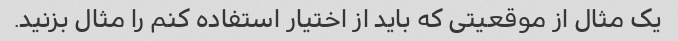
یک مثال از موقعیتی که باید از اختیار استفاده کنم را مثال بزنید.